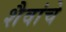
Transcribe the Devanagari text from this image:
शैवांचे